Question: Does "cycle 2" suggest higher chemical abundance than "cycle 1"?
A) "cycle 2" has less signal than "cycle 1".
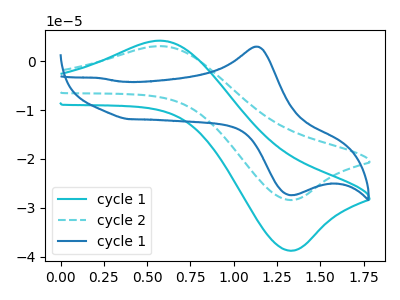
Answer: <think>The cyan curve "cycle 1" has an anodic peak at (0.60V, 4.15uA) and a cathodic peak at (1.30V, -38.75uA). The cyan dashed curve "cycle 2" has an anodic peak at (0.60V, 3.05uA) and a cathodic peak at (1.30V, -28.40uA). The blue curve "cycle 1" has an anodic peak at (1.15V, 2.95uA) and a cathodic peak at (1.35V, -27.40uA).
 All the peaks in "cycle 2" have a peak in "cycle 1" at the same potential. Every peak in "cycle 2" is lower than every peak in "cycle 1".</think>
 <answer>A) "cycle 2" has less signal than "cycle 1".</answer>
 <eval>A</eval>